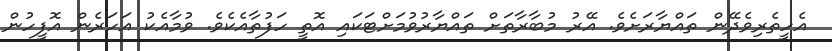
އެހީތެރިވެދޭން ތައްޔާރަށެވެ. އޭރު މުބާރާތަށް ތައްޔާރުވުމަށްޓަކައި އޮތީ ހަފުތާއެކެވެ. ވުމާއެކު އަހަރެން އޮފީހުން